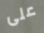
على